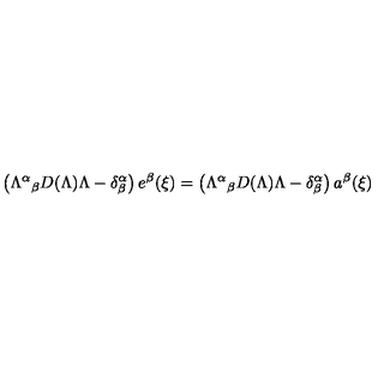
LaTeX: \left( { \Lambda ^ { \alpha } } _ { \beta } D ( \Lambda ) \Lambda - \delta _ { \beta } ^ { \alpha } \right) e ^ { \beta } ( \xi ) = \left( { \Lambda ^ { \alpha } } _ { \beta } D ( \Lambda ) \Lambda - \delta _ { \beta } ^ { \alpha } \right) a ^ { \beta } ( \xi )